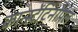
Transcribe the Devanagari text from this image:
कान्स्टेंटिनोपल